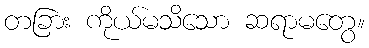
တခြား ကိုယ်မသိသော ဆရာမတွေ။